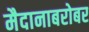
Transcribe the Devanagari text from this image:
मैदानाबरोबर